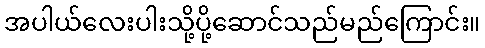
အပါယ်လေးပါးသို့ပို့ဆောင်သည်မည်ကြောင်း။